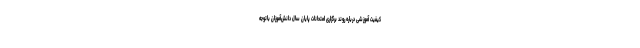
کیفیت آموزشی درباره روند برگزاری امتحانات پایان سال دانش‌آموزان باتوجه